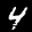
Label: 4